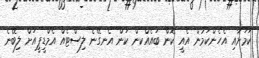
ކަމަށާއި އެހެންކަމުން އެއީ ކޮން ބައެއްކން ކަން އެނގޭނެ ލިސްޓެއް އެމްޑީޕީއަށް ލިބޭނެ